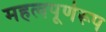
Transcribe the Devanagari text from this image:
महत्वपूर्णरूप